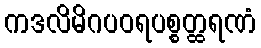
ကဒလိမိဂပဝရပစ္စတ္ထရဏံ